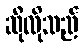
ဆိုလိုသည်